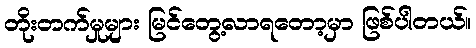
တိုးတက်မှုများ မြင်တွေ့လာရတော့မှာ ဖြစ်ပါတယ်။